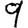
Digit: 9